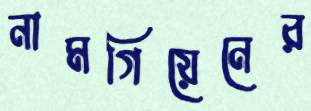
নামগিয়েনের